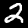
Label: 2